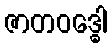
ဇာတဝဒ္ဓေါ